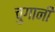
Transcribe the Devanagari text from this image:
चुगानी